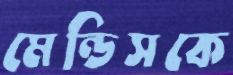
মেন্ডিসকে